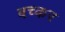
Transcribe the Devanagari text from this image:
बच्कर